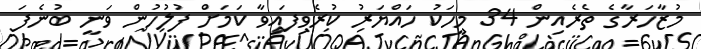
މުޒާހަރާގެ ތެރެއިން 34 މީހަކު ހައްޔަރު ކުރެވިފައިވާ ކަމަށް ފުލުހުން ވަނީ ބުނެފަ